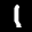
Label: 1